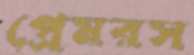
প্রেমরস